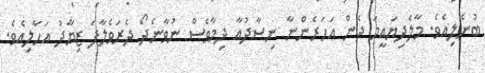
ބުނެލިއެވެ. މާލެދިޔައީމަ ދެން އަހަރެންނާ ނިސާދުއާ ދިމާވެސް ނުވާނެދޯ ދެރަވެލާފަ ޒިޔާދު އަހާލިއެވެ.